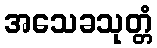
အသေခသုတ္တံ